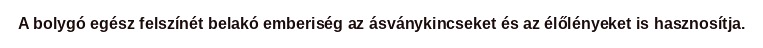
A bolygó egész felszínét belakó emberiség az ásványkincseket és az élőlényeket is hasznosítja.